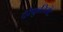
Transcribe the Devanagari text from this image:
देरेक्रुतिमेंट